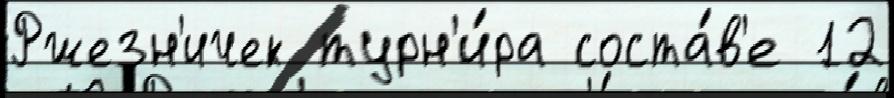
Ржезн'ичек турн'и́ра соста́в'е 12